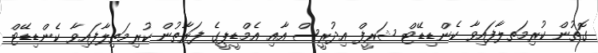
ގޮތުން ކުރިމަތލާފައިވާ ކެންޑިޑޭޓް ޝަރީފް އިދުރީސް އާއި އެމްޑީޕީގެ ފަރާތުން ކުރިމަތިލާފައިވާ ކެންޑިޑޭޓް